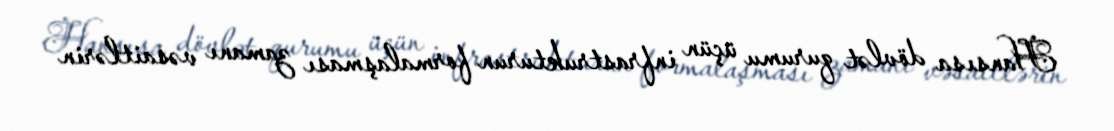
Hansısa dövlət qurumu üçün infrastrukturun formalaşması zamanı vəsaitlərin